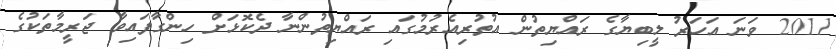
2011 ވަނަ އަހަރު ލީބިޔާގެ ރައްޔިތުން އުތުރިއެރުމުގައި ރައްޔިތުންނާ ދެކޮޅަށް ހިންގާފައިވާ ޖަރީމާތަކުގެ